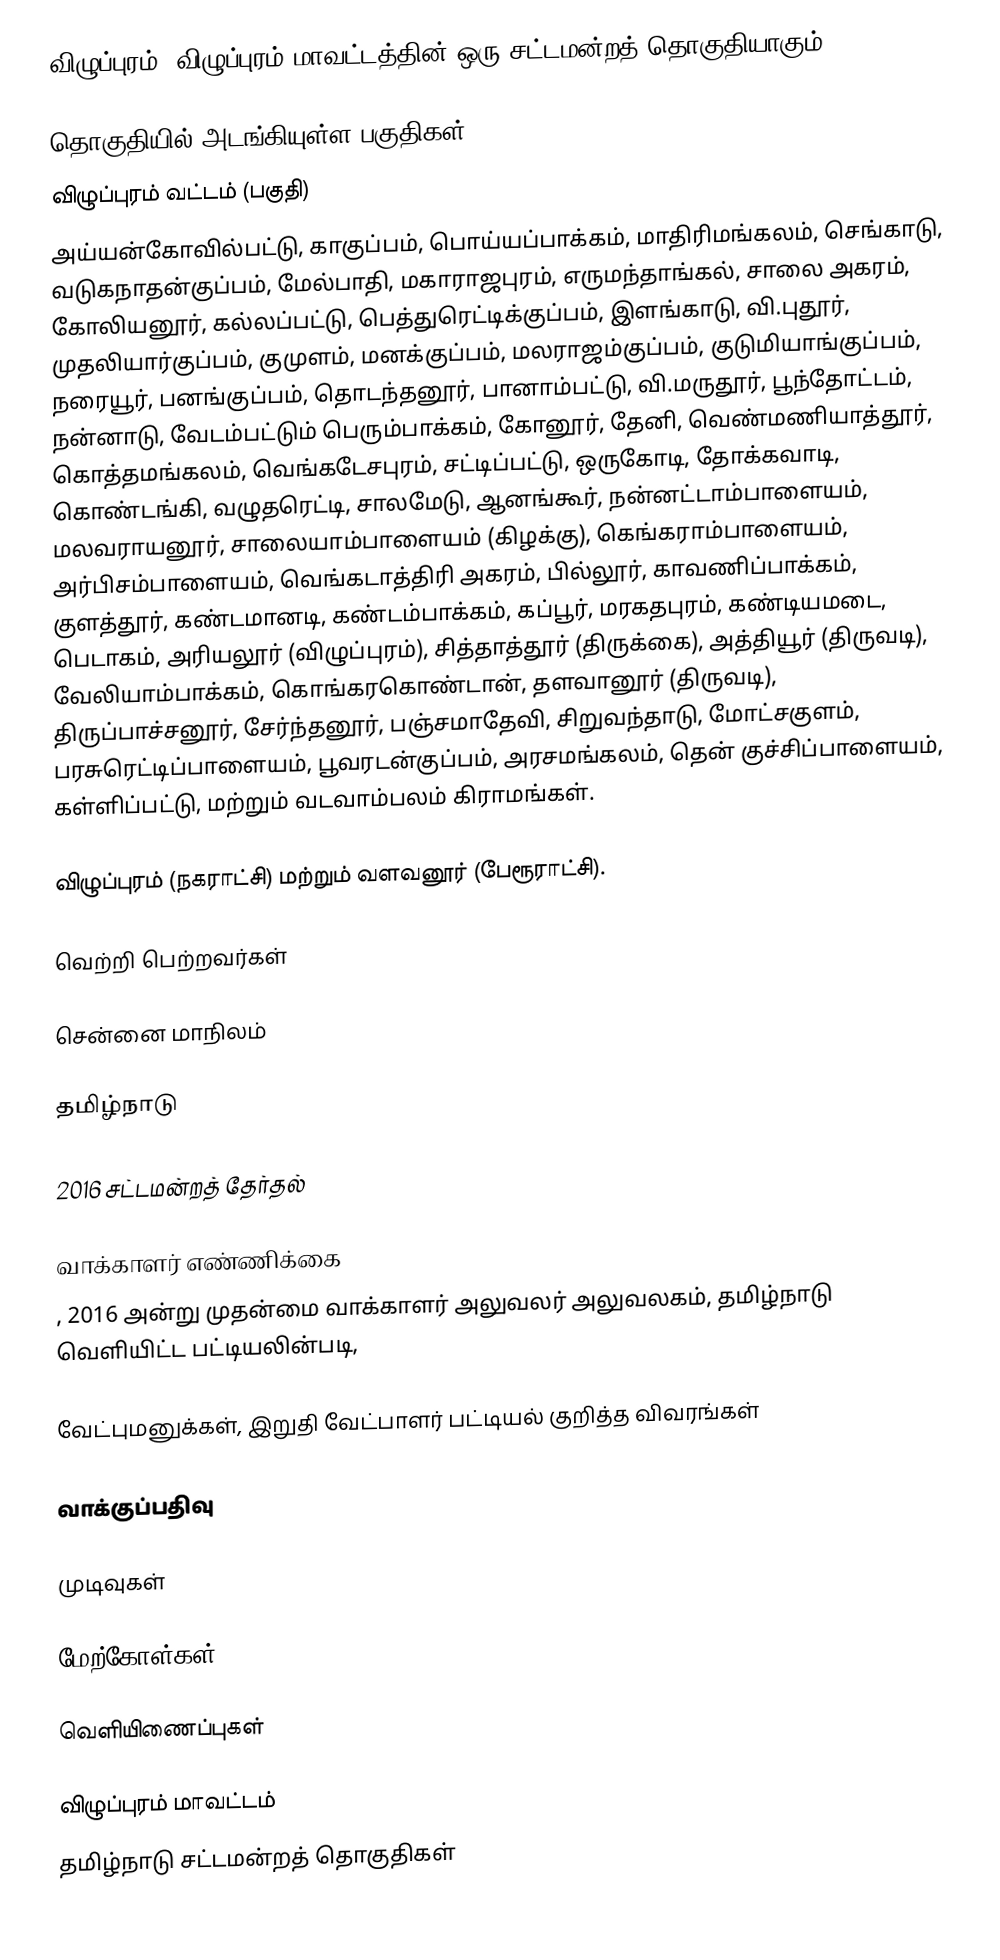
விழுப்புரம், விழுப்புரம் மாவட்டத்தின் ஒரு சட்டமன்றத் தொகுதியாகும்.

தொகுதியில் அடங்கியுள்ள பகுதிகள்
விழுப்புரம் வட்டம் (பகுதி)
அய்யன்கோவில்பட்டு, காகுப்பம், பொய்யப்பாக்கம், மாதிரிமங்கலம், செங்காடு, வடுகநாதன்குப்பம், மேல்பாதி, மகாராஜபுரம், எருமந்தாங்கல், சாலை அகரம், கோலியனூர், கல்லப்பட்டு, பெத்துரெட்டிக்குப்பம், இளங்காடு, வி.புதூர், முதலியார்குப்பம், குமுளம், மனக்குப்பம், மலராஜம்குப்பம், குடுமியாங்குப்பம், நரையூர், பனங்குப்பம், தொடந்தனூர், பானாம்பட்டு, வி.மருதூர், பூந்தோட்டம், நன்னாடு, வேடம்பட்டும் பெரும்பாக்கம், கோனூர், தேனி, வெண்மணியாத்தூர், கொத்தமங்கலம், வெங்கடேசபுரம், சட்டிப்பட்டு, ஒருகோடி, தோக்கவாடி, கொண்டங்கி, வழுதரெட்டி, சாலமேடு, ஆனங்கூர், நன்னட்டாம்பாளையம், மலவராயனூர், சாலையாம்பாளையம் (கிழக்கு), கெங்கராம்பாளையம், அர்பிசம்பாளையம், வெங்கடாத்திரி அகரம், பில்லூர், காவணிப்பாக்கம், குளத்தூர், கண்டமானடி, கண்டம்பாக்கம், கப்பூர், மரகதபுரம், கண்டியமடை, பெடாகம், அரியலூர் (விழுப்புரம்), சித்தாத்தூர் (திருக்கை), அத்தியூர் (திருவடி), வேலியாம்பாக்கம், கொங்கரகொண்டான், தளவானூர் (திருவடி), திருப்பாச்சனூர், சேர்ந்தனூர், பஞ்சமாதேவி, சிறுவந்தாடு, மோட்சகுளம், பரசுரெட்டிப்பாளையம், பூவரடன்குப்பம், அரசமங்கலம், தென் குச்சிப்பாளையம், கள்ளிப்பட்டு, மற்றும் வடவாம்பலம் கிராமங்கள்.

விழுப்புரம் (நகராட்சி) மற்றும் வளவனூர் (பேரூராட்சி).

வெற்றி பெற்றவர்கள்

சென்னை மாநிலம்

தமிழ்நாடு

2016 சட்டமன்றத் தேர்தல்

வாக்காளர் எண்ணிக்கை
, 2016 அன்று முதன்மை வாக்காளர் அலுவலர் அலுவலகம், தமிழ்நாடு வெளியிட்ட பட்டியலின்படி,

வேட்புமனுக்கள், இறுதி வேட்பாளர் பட்டியல் குறித்த விவரங்கள்

வாக்குப்பதிவு

முடிவுகள்

மேற்கோள்கள்

வெளியிணைப்புகள்

விழுப்புரம் மாவட்டம்
தமிழ்நாடு சட்டமன்றத் தொகுதிகள்